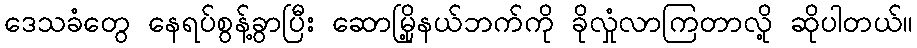
ဒေသခံတွေ နေရပ်စွန့်ခွာပြီး ဆောမြို့နယ်ဘက်ကို ခိုလှုံလာကြတာလို့ ဆိုပါတယ်။